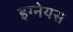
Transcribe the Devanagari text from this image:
इग्नेयस